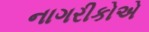
નાગરીકોએ